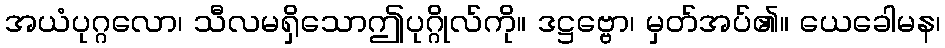
အယံပုဂ္ဂလော၊ သီလမရှိသောဤပုဂ္ဂိုလ်ကို။ ဒဋ္ဌဗ္ဗော၊ မှတ်အပ်၏။ ယေခေါမန၊